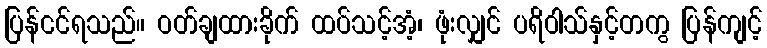
ပြန်ငင်ရသည်။ ဝတ်ချထားခိုက် ထပ်သင့်အံ့၊ ဖုံးလျှင် ပရိဝါသ်နှင့်တကွ ပြန်ကျင့်